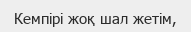
Кемпірі жоқ шал жетім,